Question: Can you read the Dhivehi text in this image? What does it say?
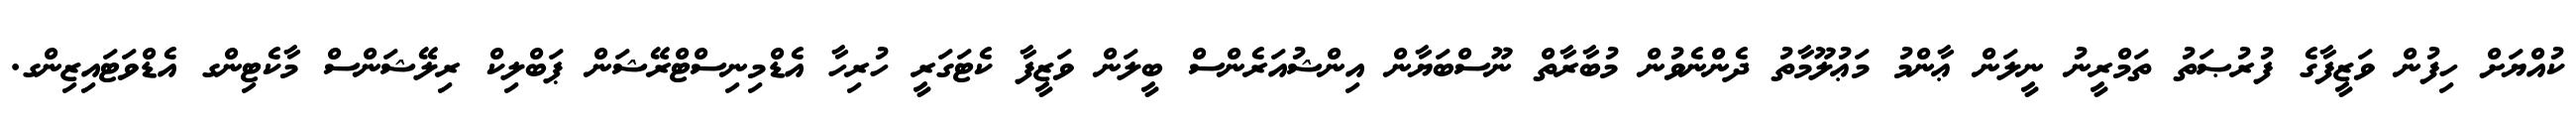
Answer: ކުއްޔަށް ހިފުން ވަޒީފާގެ ފުރުޞަތު ތަމްރީނު ނީލަން ޢާންމު މަޢުލޫމާތު ދެންނެވުން މުބާރާތް ނޫސްބަޔާން އިންޝުއަރެންސް ބީލަން ވަޒީފާ ކެޓަގަރީ ހުރިހާ އެޑްމިނިސްޓްރޭޝަން ޕަބްލިކް ރިލޭޝަންސް މާކެޓިންގ އެޑްވަޓައިޒިންގ.